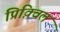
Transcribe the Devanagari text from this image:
प्रिक़्विल